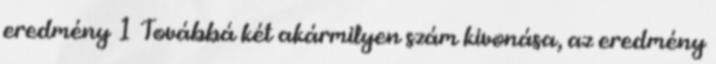
eredmény 1 Továbbá két akármilyen szám kivonása, az eredmény